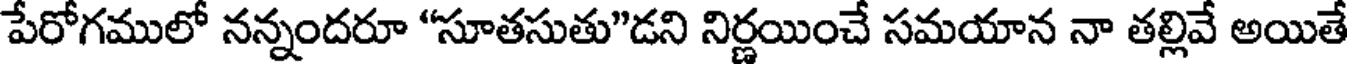
పేరోగములో నన్నందరూ "సూతసుతు"డని నిర్ణయించే సమయాన నా తల్లివే అయితే